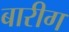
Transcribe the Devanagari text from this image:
बारीग